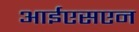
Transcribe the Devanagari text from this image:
आईएसएन